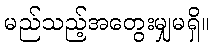
မည်သည့်အတွေးမျှမရှိ။